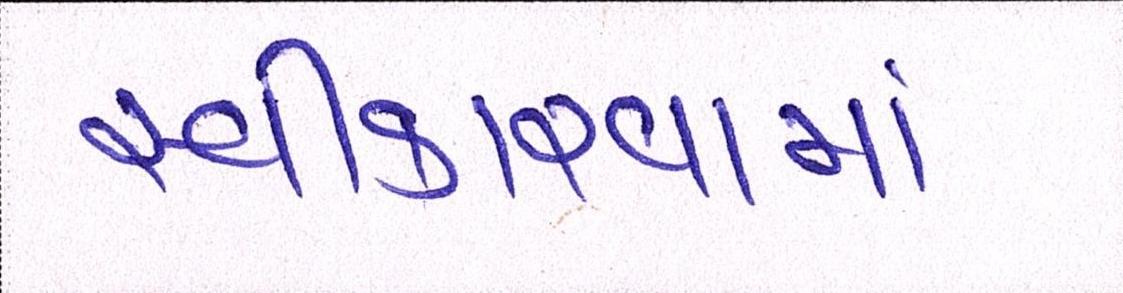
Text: સ્વીકારવામાં